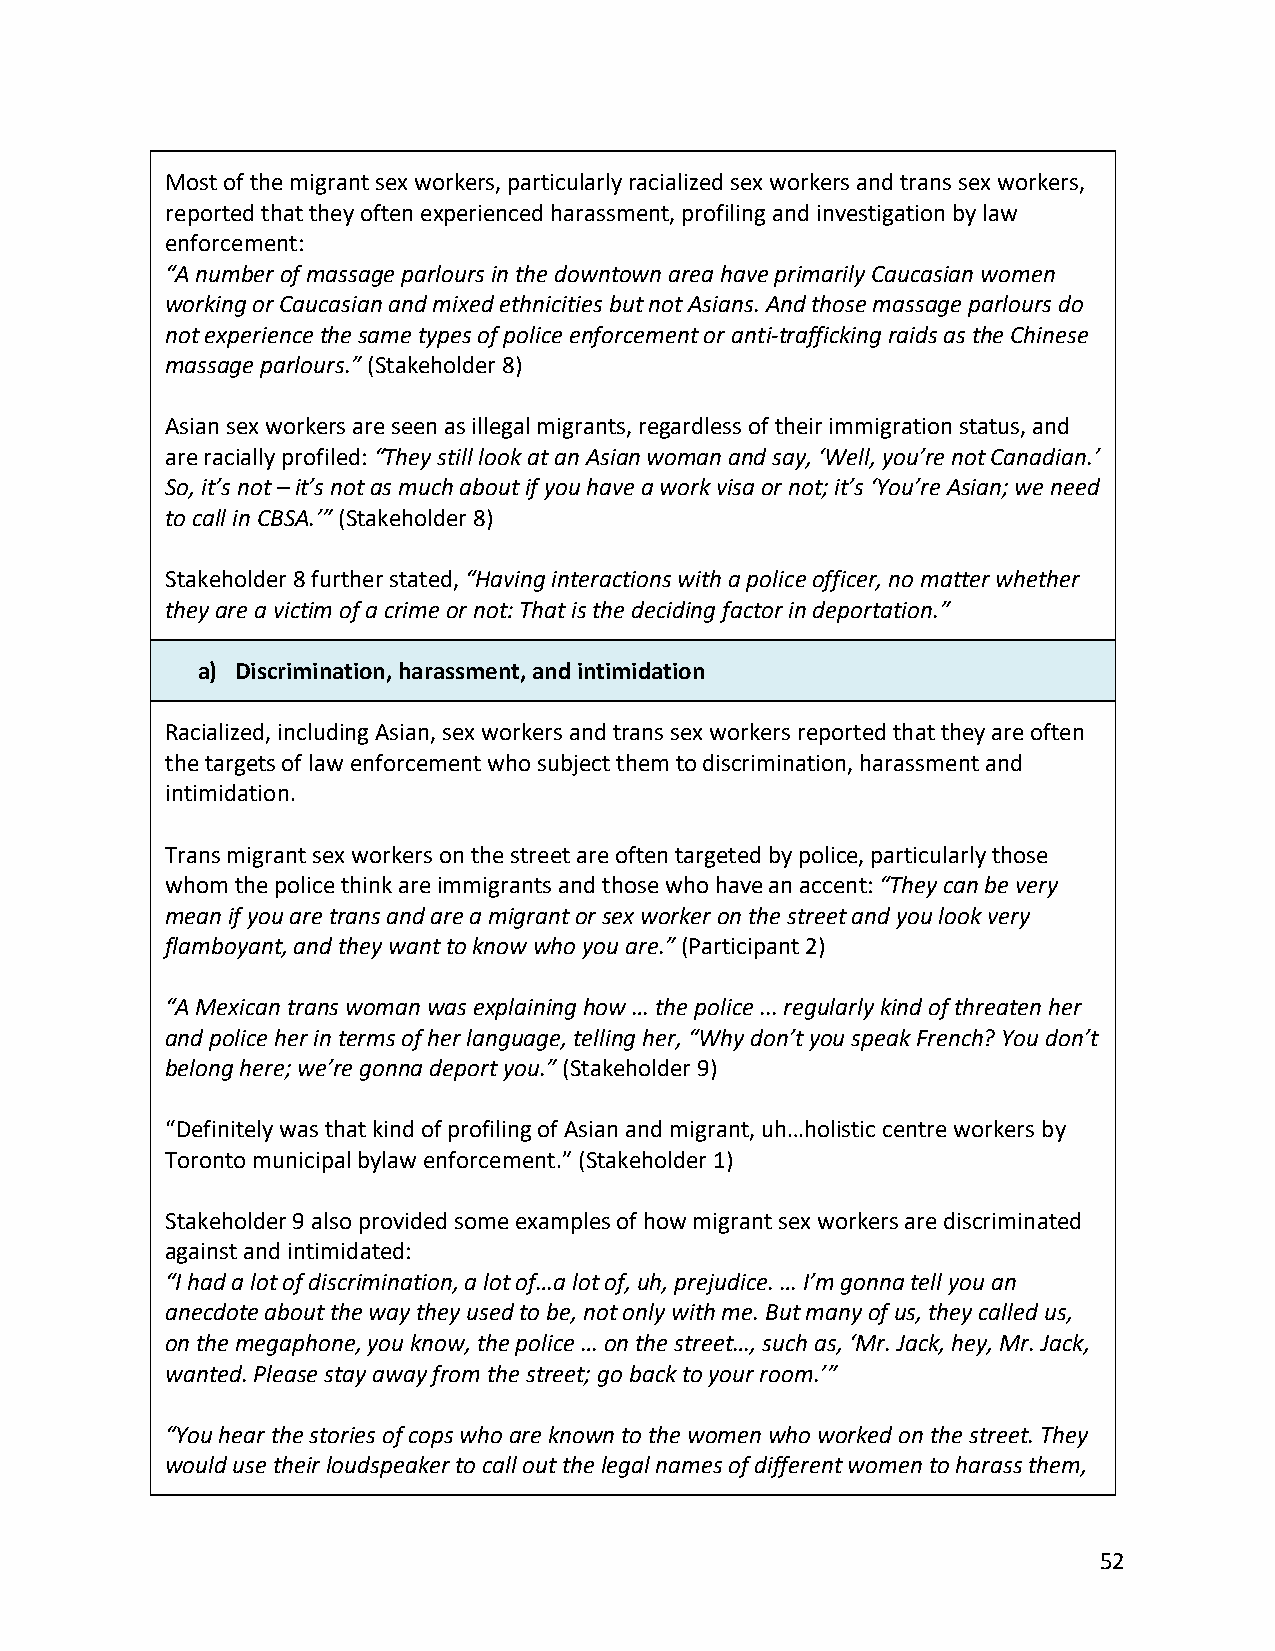
Most of the migrant sex workers, particularly racialized sex workers and trans sex workers,
 reported that they often experienced harassment, profiling and investigation by law
 enforcement:
 “A number of massage parlours in the downtown area have primarily Caucasian women
 working or Caucasian and mixed ethnicities but not Asians. And those massage parlours do
 not experience the same types of police enforcement or anti-trafficking raids as the Chinese
 massage parlours.” (Stakeholder 8)
 Asian sex workers are seen as illegal migrants, regardless of their immigration status, and
 are racially profiled: “They still look at an Asian woman and say, ‘Well, you’re not Canadian.’
 So, it’s not – it’s not as much about if you have a work visa or not; it’s ‘You’re Asian; we need
 to call in CBSA.’” (Stakeholder 8)
 Stakeholder 8 further stated, “Having interactions with a police officer, no matter whether
 they are a victim of a crime or not: That is the deciding factor in deportation.”
 a) Discrimination, harassment, and intimidation
 Racialized, including Asian, sex workers and trans sex workers reported that they are often
 the targets of law enforcement who subject them to discrimination, harassment and
 intimidation.
 Trans migrant sex workers on the street are often targeted by police, particularly those
 whom the police think are immigrants and those who have an accent: “They can be very
 mean if you are trans and are a migrant or sex worker on the street and you look very
 flamboyant, and they want to know who you are.” (Participant 2)
 “A Mexican trans woman was explaining how … the police ... regularly kind of threaten her
 and police her in terms of her language, telling her, “Why don’t you speak French? You don’t
 belong here; we’re gonna deport you.” (Stakeholder 9)
 “Definitely was that kind of profiling of Asian and migrant, uh…holistic centre workers by
 Toronto municipal bylaw enforcement.” (Stakeholder 1)
 Stakeholder 9 also provided some examples of how migrant sex workers are discriminated
 against and intimidated:
 “I had a lot of discrimination, a lot of…a lot of, uh, prejudice. … I’m gonna tell you an
 anecdote about the way they used to be, not only with me. But many of us, they called us,
 on the megaphone, you know, the police … on the street…, such as, ‘Mr. Jack, hey, Mr. Jack,
 wanted. Please stay away from the street; go back to your room.’”
 “You hear the stories of cops who are known to the women who worked on the street. They
 would use their loudspeaker to call out the legal names of different women to harass them,
 52